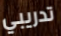
تدريبي